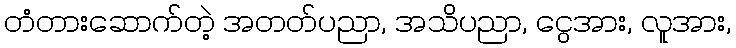
တံတားဆောက်တဲ့ အတတ်ပညာ, အသိပညာ, ငွေအား, လူအား,